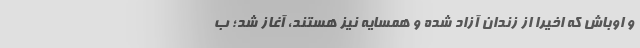
و اوباش که اخیرا از زندان آزاد شده و همسایه نیز هستند، آغاز شد؛ ب